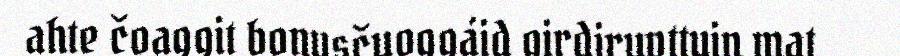
ahte čoaggit bonusčuoggáid girdiruvttuin mat